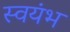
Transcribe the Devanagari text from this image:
स्वयंभ